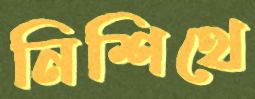
নিশিথে